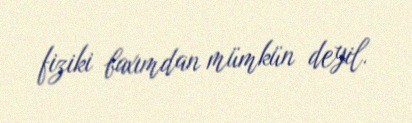
fiziki baxımdan mümkün deyil.